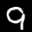
Label: 9